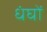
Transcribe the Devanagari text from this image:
धंघों